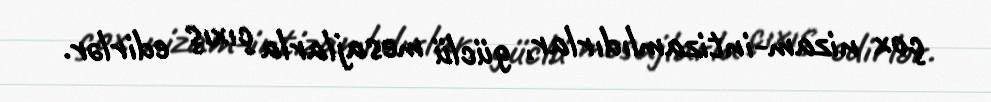
çox nizam-intizamlıdırlar, güclü mesajlarla çıxış edirlər.